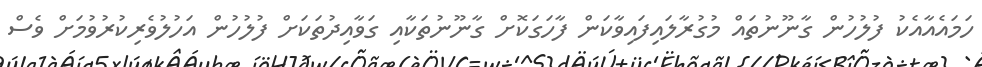
ހަމައެއާއެކު ފުލުހުން ގާނޫނުތައް މުގުރާލައިފައިވާކަން ފާހަގަކޮށް ގާނޫނުތަކާއި ގަވާއިދުތަކަށް ފުލުހުން އަހުލުވެރިކުރުވުމަށް ވެސް